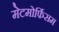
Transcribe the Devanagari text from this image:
मेटमोर्फिसम